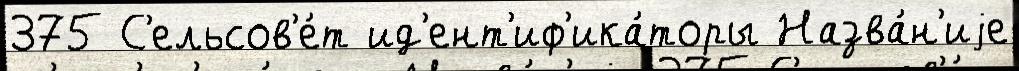
375 С'ельсов'е́т ид'ент'иф'ика́торы Назва́н'иjе